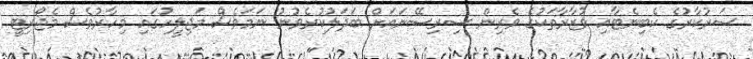
ސަރުކާރުގެ ކެބިނެޓާއި ވުޒާރާތަކުގެ ވެރިން ސިރިސޭނައަށް ބަދަލުކުރެވުނު ނަމަވެސް މަޖިލީހުގައި މިހާރުވެސް މެޖޯރިޓީ